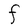
Character: F